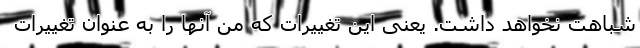
شباهت نخواهد داشت. یعنی این تغییرات که من آنها را به عنوان تغییرات